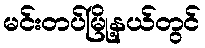
မင်းတပ်မြို့နယ်တွင်